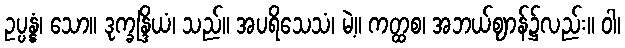
ဥပ္ပန္နံ၊ သော။ ဒုက္ခန္ဒြိယံ၊ သည်။ အပရိသေသံ၊ မဲ့။ ကတ္ထစ၊ အဘယ်ဈာန်၌လည်း။ ဝါ၊